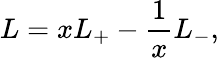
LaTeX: L=xL_{+}-\frac{1}{x}L_{-},